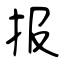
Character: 报